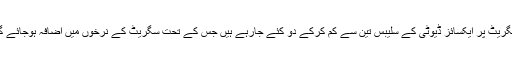
سگریٹ پر ایکسائز ڈیوٹی کے سلیبس تین سے کم کرکے دو کئے جارہے ہیں جس کے تحت سگریٹ کے نرخوں میں اضافہ ہوجائے گا۔